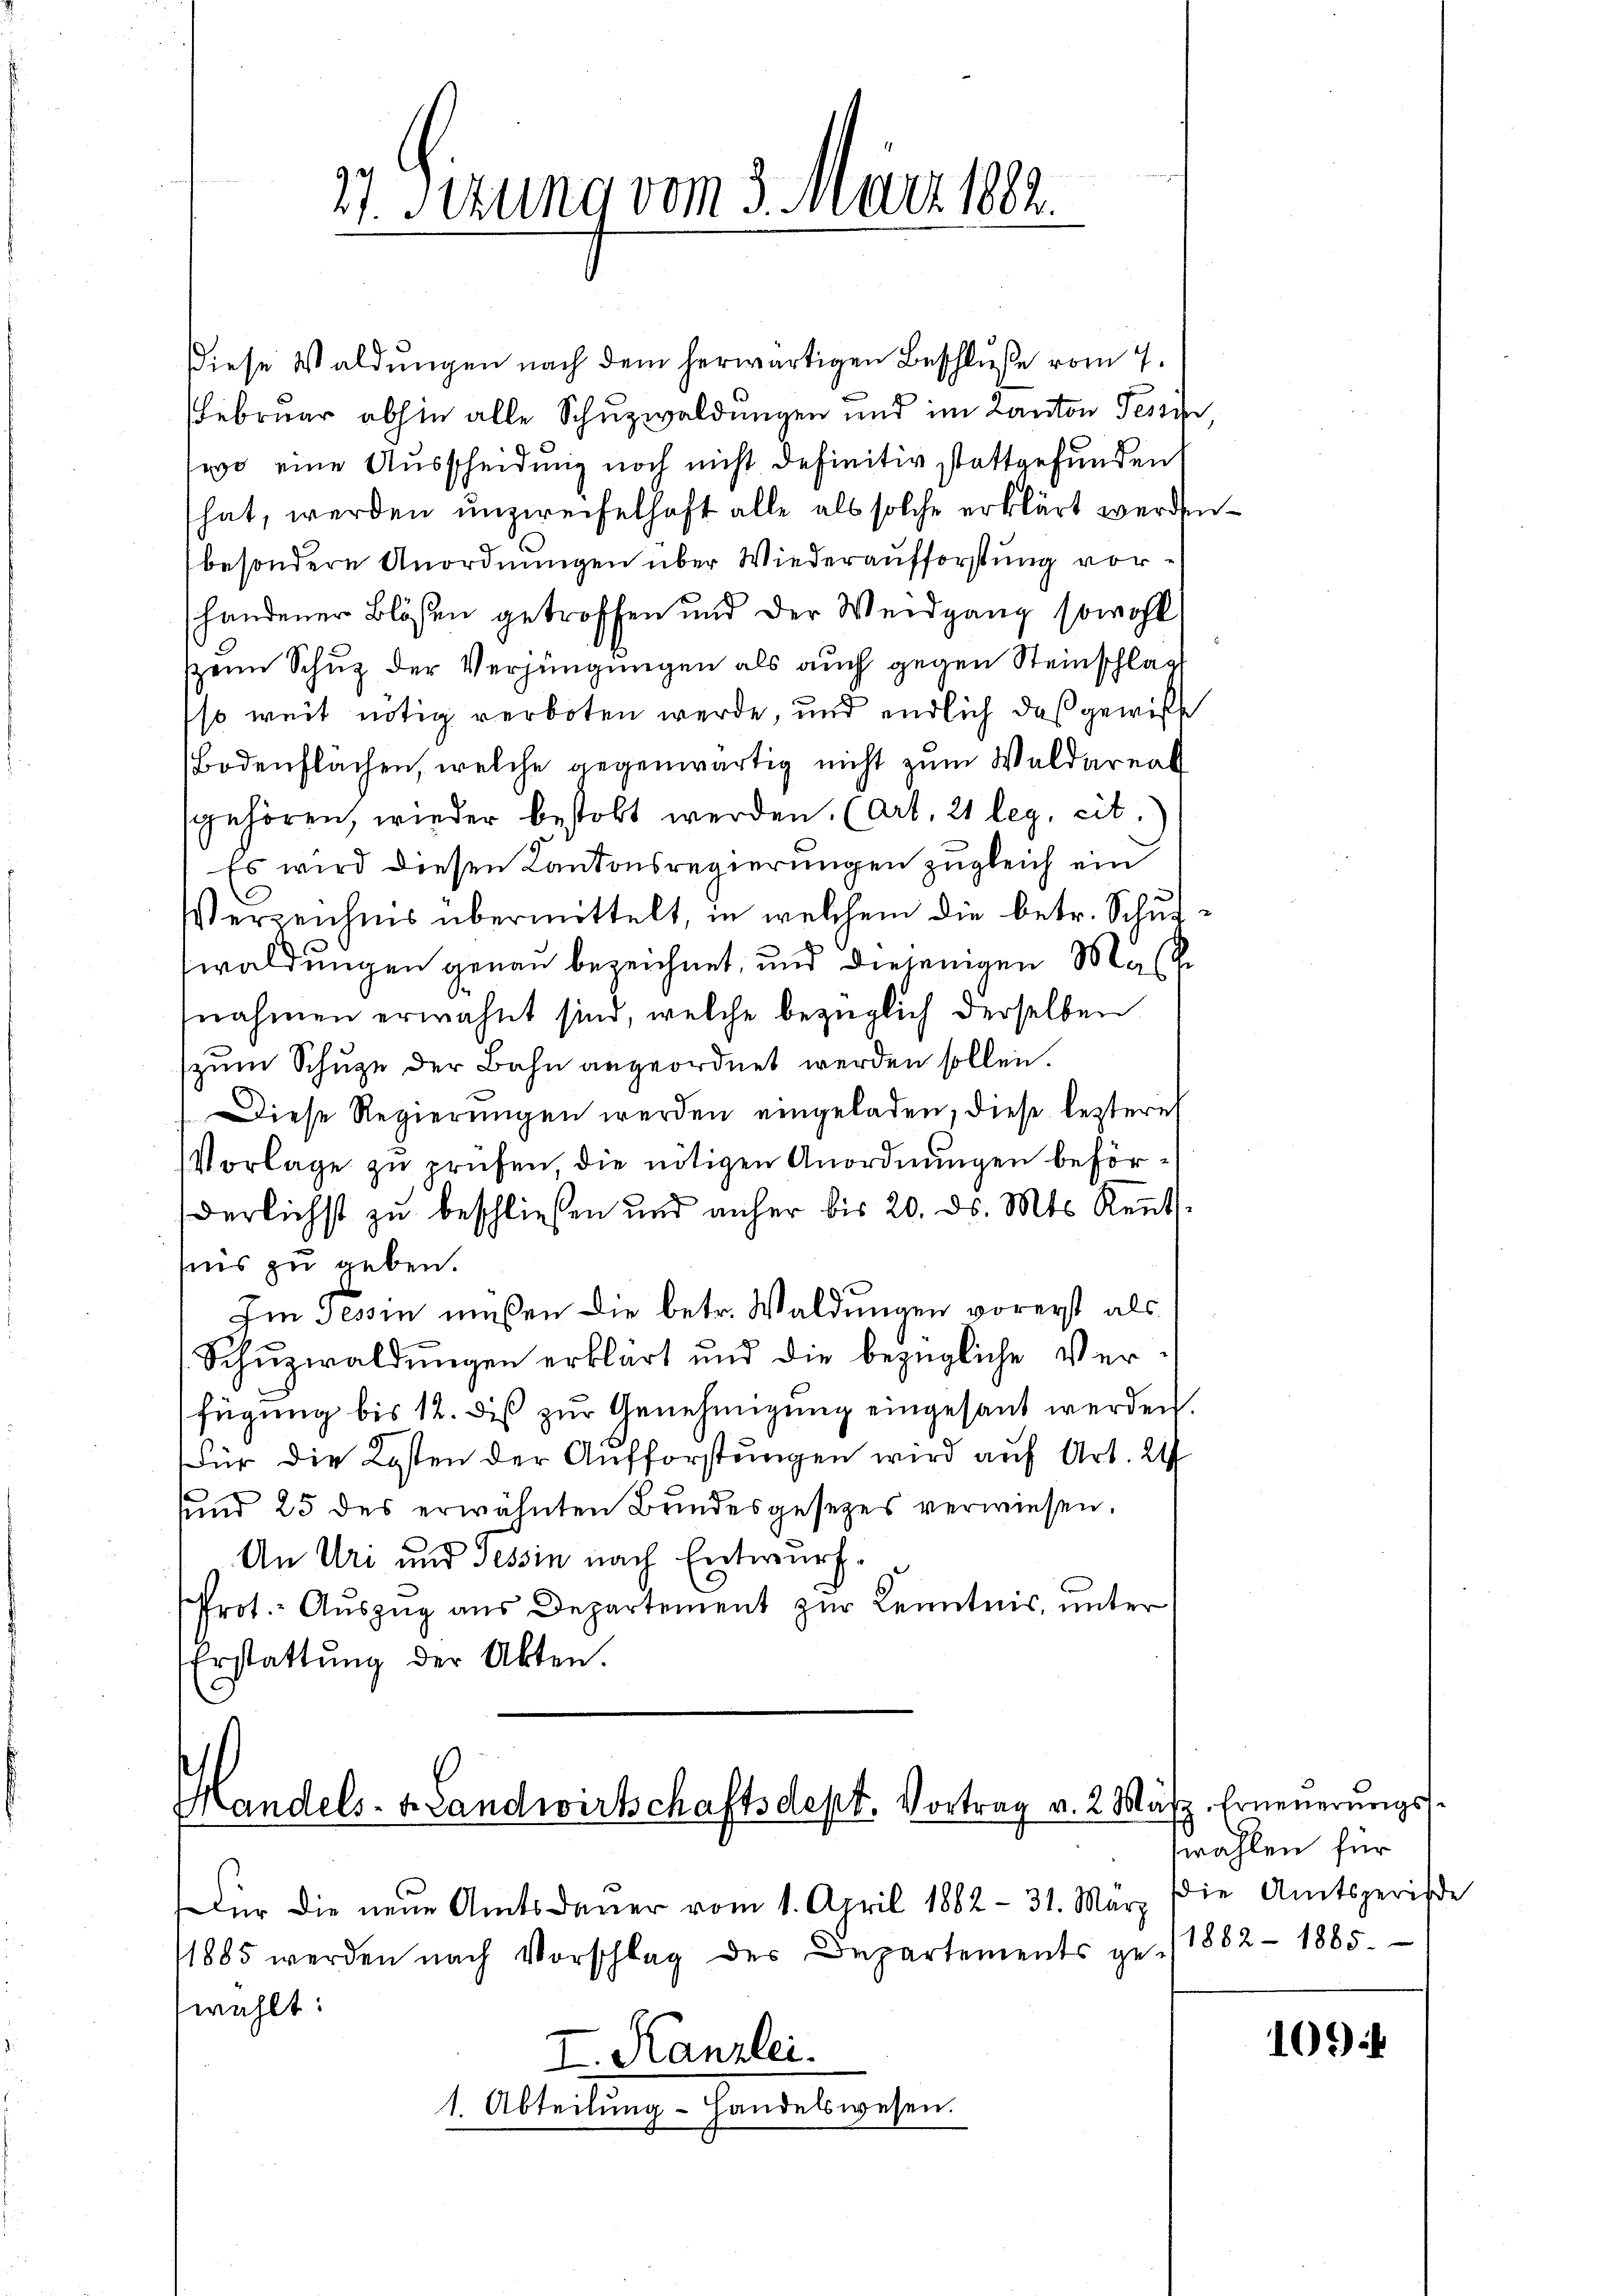
7. Sitzung vom 3. März 182.

Diese Waldungen nach dem herwärtigen Beschluße vom 7.
Februar abhin alle Schuzwaldungen und im Kanton Tessin,
lwo eine Ausscheidung noch nicht definitiv stattgefunden
hat, werden unzweifelhaft alle als solche erklärt werden.
besondere Anordnungen über Wiederaufforstung vorhandener Blößen getroffen und der Weidgang sowohl
seim Schuz der Verjüngungen als auch gegen Steinschlag
so weit nötig verboten werde, und endlich daß gewisse
Bodenflächen, welche gegenwärtig nicht zum Waldareal
sgehören, wieder bestobt werden. (Art. 21 leg, cit.
Es wird diesen Kantonsregierungen zugleich ein
Verzeichnis übermittelt, in welchem die betr. Schulswaldungen genau bezeichnet, und diejenigen Masche
nahmen erwähnt sind, welche bezüglich derselben
(zum Schuze der Bahn angeordnet werden sollen.
Diese Regierŭngen werden eingeladen, diese leztere
Vorlage zu prüfen, die nötigen Anordnungen beförderlichst zŭ beschließen und anher bis 20. ds. Mts. Keṅt-
fnis zu geben.
Im Tessin müßen die betr. Waldungen vorerst als
Schŭzwaldŭngen erklärt und die bezügliche Verfügung bis 12. dis zur Genehmigung eingesant werden.
Für die Kosten der Aufforstungen wird auf Art. 24
sund 25 des erwähnten Bundesgesetzes verwiesen.
An Uri und Tessin nach Entwurf
Prot. Auszug aus Departement zur Kenntnis, unter
Erstattung der Akten.

Handels- & Landwirtschaftsdept. Vortrag v. 2. März. Erneuerungs¬

Für die neue Amtsdauer vom 1. April 1862 - 31. März
1885 werden nach Vorschlag des Departements gewählt:
I. Kanzlei.
1. Abteilung- Handelswesen.

wahlen für
Die Amtsperiode
1882 - 1885.

109)